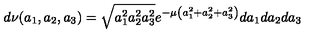
d \nu ( a _ { 1 } , a _ { 2 } , a _ { 3 } ) = \sqrt { a _ { 1 } ^ { 2 } a _ { 2 } ^ { 2 } a _ { 3 } ^ { 2 } } e ^ { - \mu \left( a _ { 1 } ^ { 2 } + a _ { 2 } ^ { 2 } + a _ { 3 } ^ { 2 } \right) } d a _ { 1 } d a _ { 2 } d a _ { 3 }